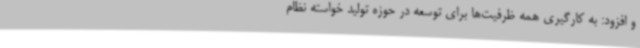
و افزود: به کارگیری همه ظرفیت‌ها برای توسعه در حوزه تولید خواسته نظام